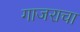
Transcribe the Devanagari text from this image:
गाजराचा